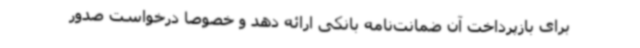
برای بازپرداخت آن ضمانت‌نامه بانکی ارائه دهد و خصوصا درخواست صدور